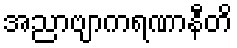
အညာဗျာကရဏာနီတိ